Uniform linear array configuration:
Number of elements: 16
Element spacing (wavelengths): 1
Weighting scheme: hamming
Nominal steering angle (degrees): -45
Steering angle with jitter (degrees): -46.058
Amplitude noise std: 0.05
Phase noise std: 0.05

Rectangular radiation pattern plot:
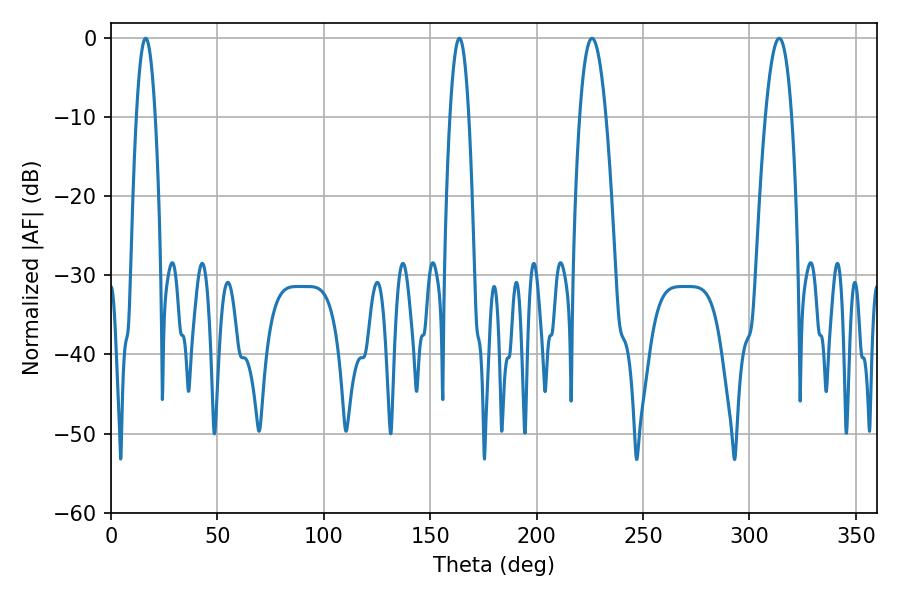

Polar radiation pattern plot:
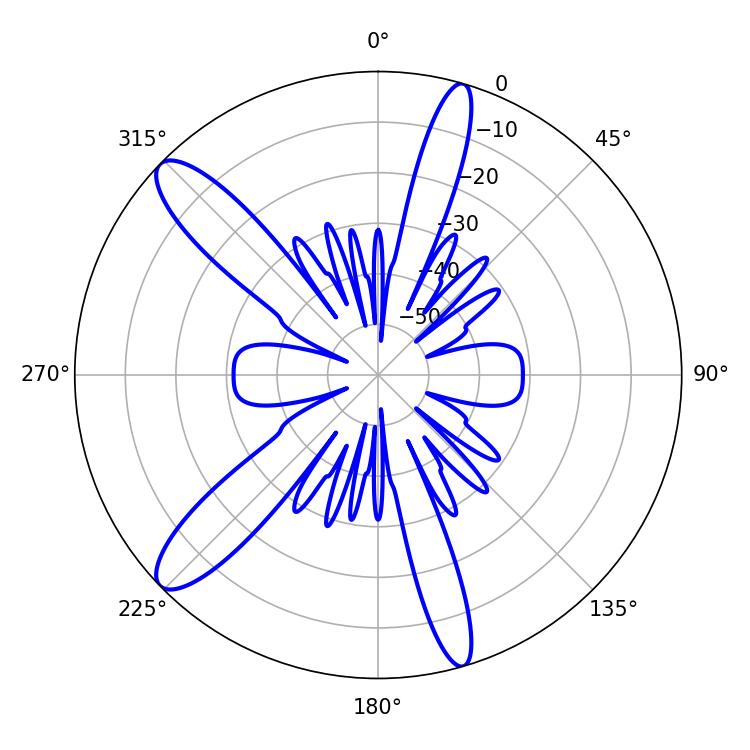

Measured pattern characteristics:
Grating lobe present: TRUE
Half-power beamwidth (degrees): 6.84
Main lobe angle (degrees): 226.08